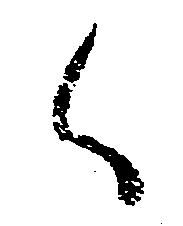
く